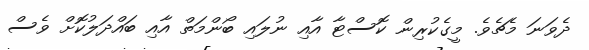
ދެވަނަ މެޗެވެ. މީގެކުރިން ކޮސްޓާ އާއި ނުލައި ބޯންމަތް އާއި ބައްދަލުކޮށް ވެސް